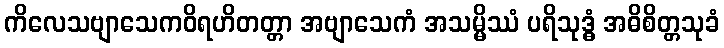
ကိလေသဗျာသေကဝိရဟိတတ္တာ အဗျာသေကံ အသမ္မိဿံ ပရိသုဒ္ဓံ အဓိစိတ္တသုခံ